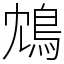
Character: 鴆